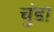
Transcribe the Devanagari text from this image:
चुंडा